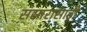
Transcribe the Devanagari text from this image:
संसारासाठी